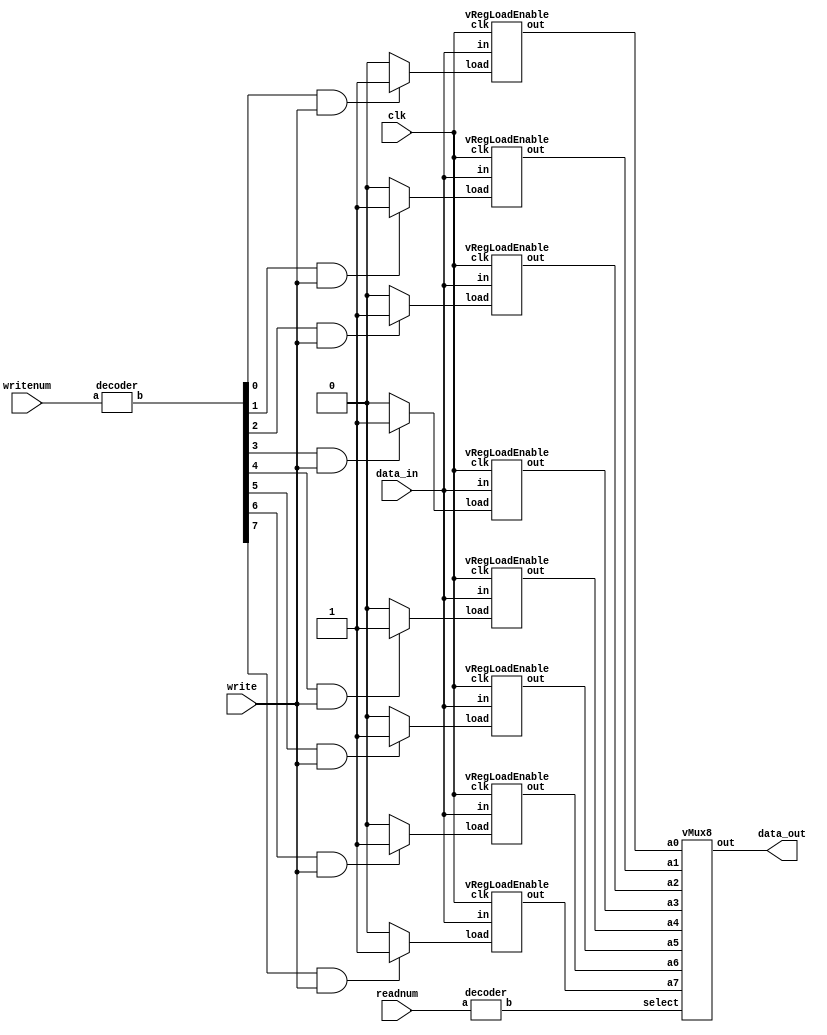
module regfile(data_in,writenum,write,readnum,clk,data_out);
input [15:0] data_in;
input [2:0] writenum, readnum;
input write, clk;
output [15:0] data_out;

wire [7:0] writenumOneHot;
wire [7:0] readnumOneHot;
wire loadA,loadB,loadC,loadD,loadE,loadF,loadG,loadH;
wire [15:0] R0,R1,R2,R3, R4,R5,R6,R7;

//decode the which register to write to into binary;
decoder writenumDecoder(writenum,writenumOneHot);
//decode the which register to read from into binary;
decoder readnumDecoder(readnum,readnumOneHot);

assign loadA = (writenumOneHot[0]&&write) ? 1'b1 : 1'b0;
assign loadB = (writenumOneHot[1]&&write) ? 1'b1 : 1'b0;
assign loadC = (writenumOneHot[2]&&write) ? 1'b1 : 1'b0;
assign loadD = (writenumOneHot[3]&&write) ? 1'b1 : 1'b0;
assign loadE = (writenumOneHot[4]&&write) ? 1'b1 : 1'b0;
assign loadF = (writenumOneHot[5]&&write) ? 1'b1 : 1'b0;
assign loadG = (writenumOneHot[6]&&write) ? 1'b1 : 1'b0;
assign loadH = (writenumOneHot[7]&&write) ? 1'b1 : 1'b0;

//Instatiate 8 registers
vRegLoadEnable r0(clk, loadA, data_in, R0);
vRegLoadEnable r1(clk, loadB, data_in, R1);
vRegLoadEnable r2(clk, loadC, data_in, R2);
vRegLoadEnable r3(clk, loadD, data_in, R3);
vRegLoadEnable r4(clk, loadE, data_in, R4);
vRegLoadEnable r5(clk, loadF, data_in, R5);
vRegLoadEnable r6(clk, loadG, data_in, R6);
vRegLoadEnable r7(clk, loadH, data_in, R7);

vMux8 mux(R7,R6,R5,R4,R3,R2,R1,R0,readnumOneHot,data_out); 
endmodule

//Decoder that defaults to 3:8 if no prarmeter is specified
//Binary to one-hot-code 
module decoder(a,b);
parameter n = 3;
parameter m = 8;

input [n-1:0] a;
output [m-1:0] b;
assign b = 1 << a;
endmodule 

//Regester with Load Enable, that defaults to 16 bit data input if no prarmeter is specified
module vRegLoadEnable(clk,load,in,out);
parameter n = 16;
input clk, load;
input [n-1:0] in;
output [n-1:0] out;
reg [n-1:0] out;
wire [n-1:0] next_out;
 
//If the load is true then update the value, otherwise assign the original value again.
assign next_out = load ? in : out; 

always @(posedge clk) begin
out = next_out;
end
endmodule 

//Mux that takes 8 inputs and defaults to 16 bit wid input an outputs if not specified.
module vMux8(a7,a6,a5,a4,a3,a2,a1,a0,select,out);
parameter n = 16;
input [n-1:0] a7,a6,a5,a4,a3,a2,a1,a0; //Inputs 
input [7:0] select;
output [n-1:0] out; 
assign out =    ({n{select[0]}} & a0) | 
		 ({n{select[1]}} & a1) | 
		 ({n{select[2]}} & a2) | 
		 ({n{select[3]}} & a3) | 
		 ({n{select[4]}} & a4) | 
		 ({n{select[5]}} & a5) | 
		 ({n{select[6]}} & a6) | 
		 ({n{select[7]}} & a7) ;
endmodule